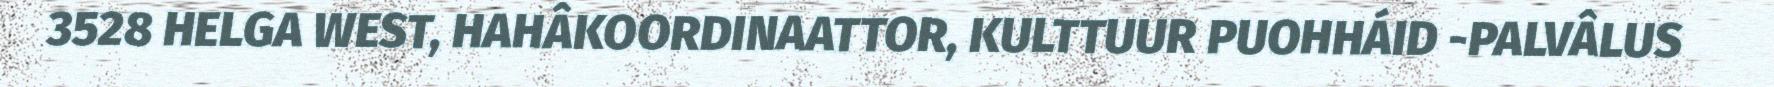
3528 HELGA WEST, HAHÂKOORDINAATTOR, KULTTUUR PUOHHÁID -PALVÂLUS